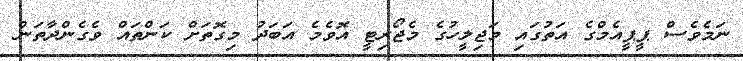
ނަމެވެސް ޕީޕީއެމްގެ އަތުގައި މަޖިލީހުގެ މެޖޯރިޓީ އޮވެމެ އަބަދު މިގޮތަށް ކަންތައް ވެގެންދާތަން